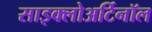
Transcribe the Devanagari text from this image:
साइक्लोअर्टिनॉल